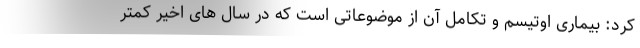
کرد: بیماری اوتیسم و تکامل آن از موضوعاتی است که در سال های اخیر کمتر